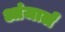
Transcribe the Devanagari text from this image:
आंजार्लं